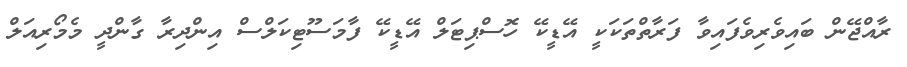
ރާއްޖޭން ބައިވެރިވެފައިވާ ފަރާތްތަކަކީ އޭޑީކޭ ހޮސްޕިޓަލް އޭޑީކޭ ފާމަސޫޓިކަލްސް އިންދިރާ ގާންދީ މެމޯރިއަލް